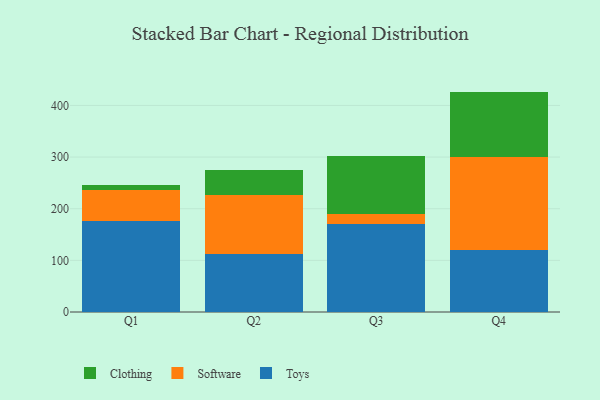
{"axis": {"x": "Quarter", "y": "Operating Costs (USD K)"}, "legend": ["Clothing", "Software", "Toys"], "data": [{"x": "Q1", "y": 176.9, "type": "Toys"}, {"x": "Q1", "y": 59.0, "type": "Software"}, {"x": "Q1", "y": 9.2, "type": "Clothing"}, {"x": "Q2", "y": 111.5, "type": "Toys"}, {"x": "Q2", "y": 116.0, "type": "Software"}, {"x": "Q2", "y": 46.6, "type": "Clothing"}, {"x": "Q3", "y": 170.3, "type": "Toys"}, {"x": "Q3", "y": 18.7, "type": "Software"}, {"x": "Q3", "y": 112.7, "type": "Clothing"}, {"x": "Q4", "y": 120.2, "type": "Toys"}, {"x": "Q4", "y": 179.3, "type": "Software"}, {"x": "Q4", "y": 127.3, "type": "Clothing"}]}